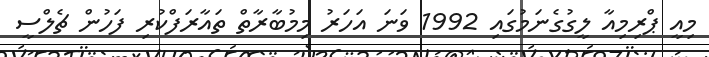
މިއީ ޕްރިމިއާ ލީގުގެނަމުގައި 1992 ވަނަ އަހަރު މިމުބާރާތް ތައާރަފްކުރި ފަހުން ޗެލްސީ